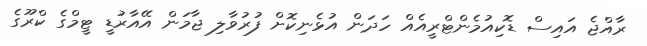
ރާއްޖެ އައިސް ޑޮކިއުމެންޓްރީއެއް ހަދަން އުޅެނިކޮށް ފުރުވާލި ޖާމަން އޭއާރުޑީ ޓީމްގެ ކްރޫގެ